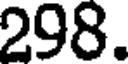
298.